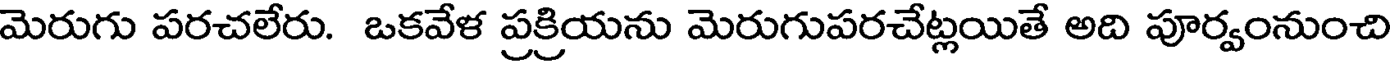
మెరుగు పరచలేరు. ఒకవేళ ప్రక్రియను మెరుగుపరచేట్లయితే అది పూర్వంనుంచి